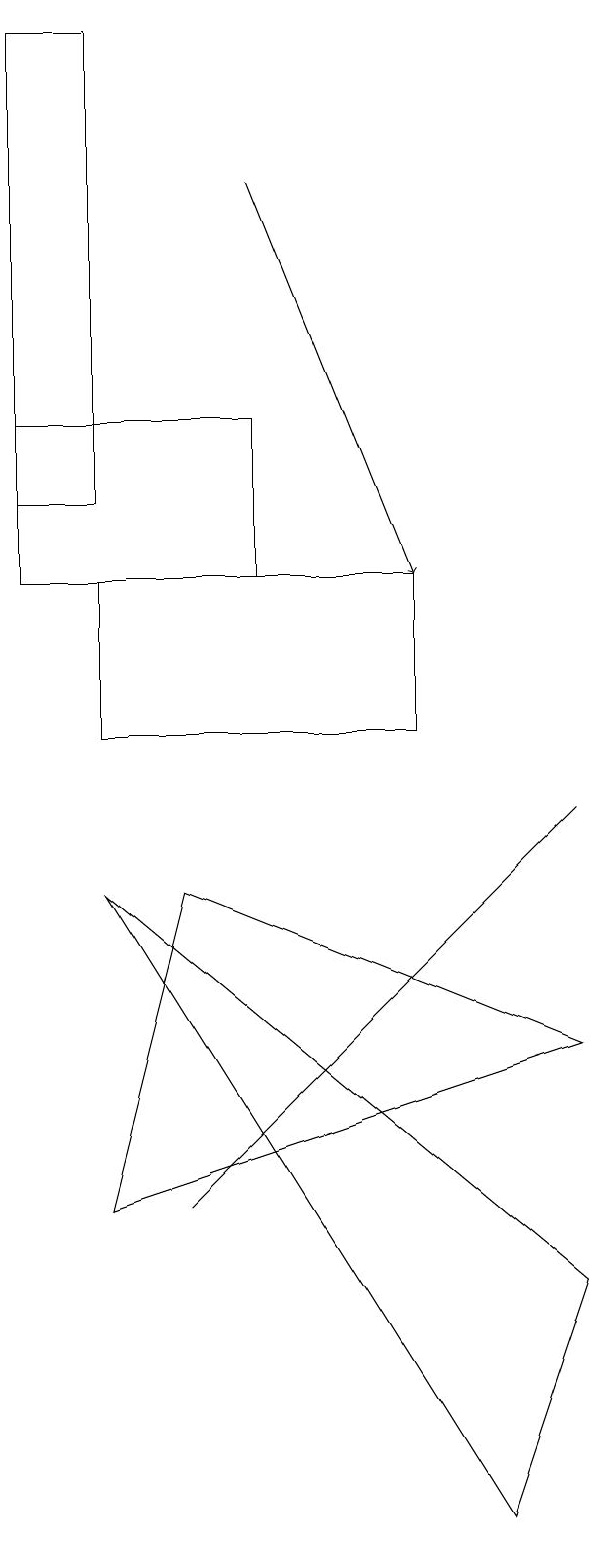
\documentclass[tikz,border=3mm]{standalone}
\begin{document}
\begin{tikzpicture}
\draw (9,6) -- (4,8) -- (3,4) -- cycle;
\draw (2,13) rectangle (3,19);
\draw (9,3) -- (3,8) -- (8,0) -- cycle;
\draw[->] (5,17) -- (7,12);
\draw (2,14) rectangle (5,12);
\draw (4,4) -- (7,7) -- (9,9) -- cycle;
\draw (7,12) rectangle (3,10);
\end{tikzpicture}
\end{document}